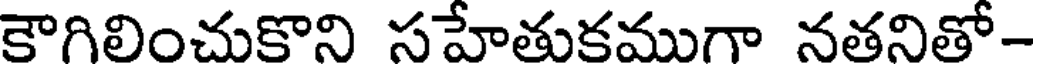
కౌగిలించుకొని సహేతుకముగా నతనితో-